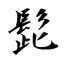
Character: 髭